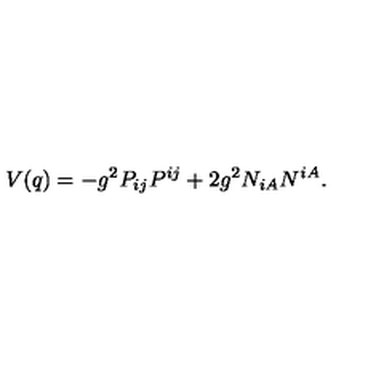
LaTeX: V ( q ) = - g ^ { 2 } P _ { i j } P ^ { i j } + 2 g ^ { 2 } N _ { i A } N ^ { i A } .